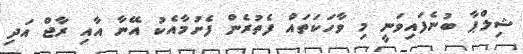
ޝިލްޕާ ބުނެފައިވަނީ މި ވާހަކަތައް ފެތުރެން ފެށުމާއެކު އޭނާ އާއި ރާޖް އަދި